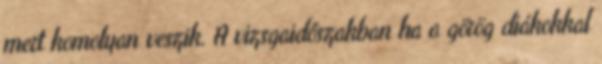
mert komolyan veszik. A vizsgaidőszakban ha a görög diákokkal